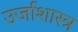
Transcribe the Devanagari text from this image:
उर्जाशास्त्र